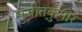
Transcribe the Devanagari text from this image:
सुजीतकुमार